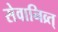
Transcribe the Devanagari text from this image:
सेवानिव्र्त्